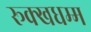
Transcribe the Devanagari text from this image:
रूक्खधम्म